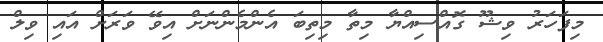
މިފަހަރު ވިޝޫ ގޮއްސިއްޔާ މިތާ މިތިބަ އެންމެންނަށް އިވޭ ވަރަށް އައި ވިލް